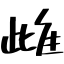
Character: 雌